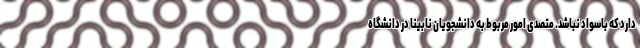
دارد که باسواد نباشد. متصدی امور مربوط به دانشجویان نابینا در دانشگاه